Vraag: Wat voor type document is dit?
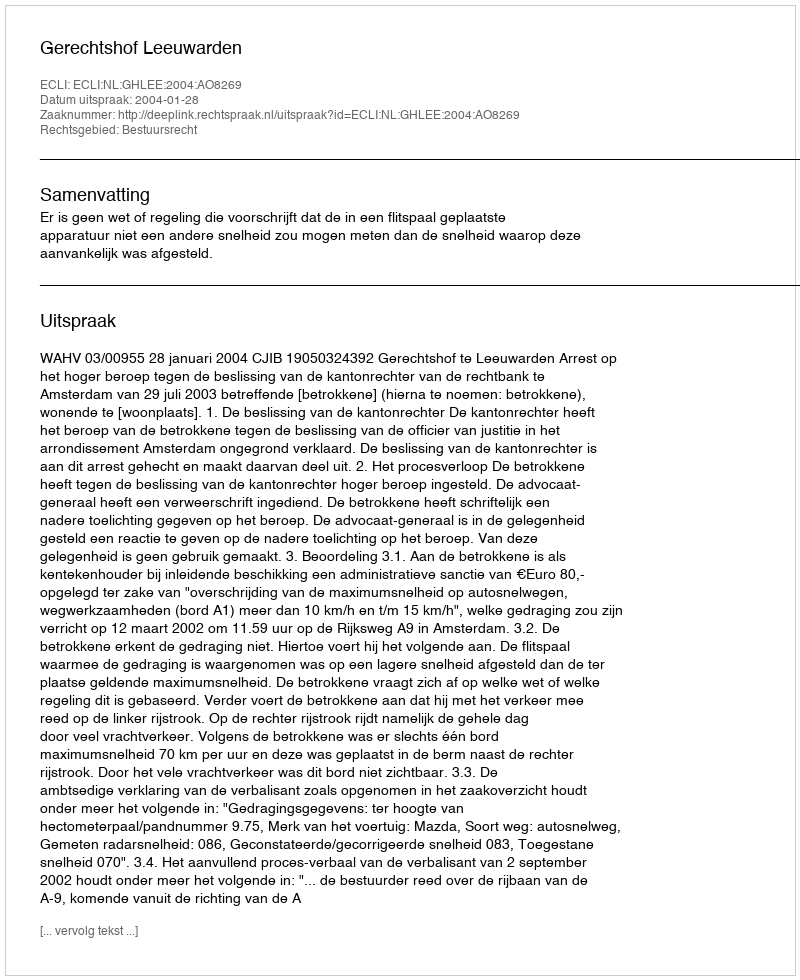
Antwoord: Uitspraak